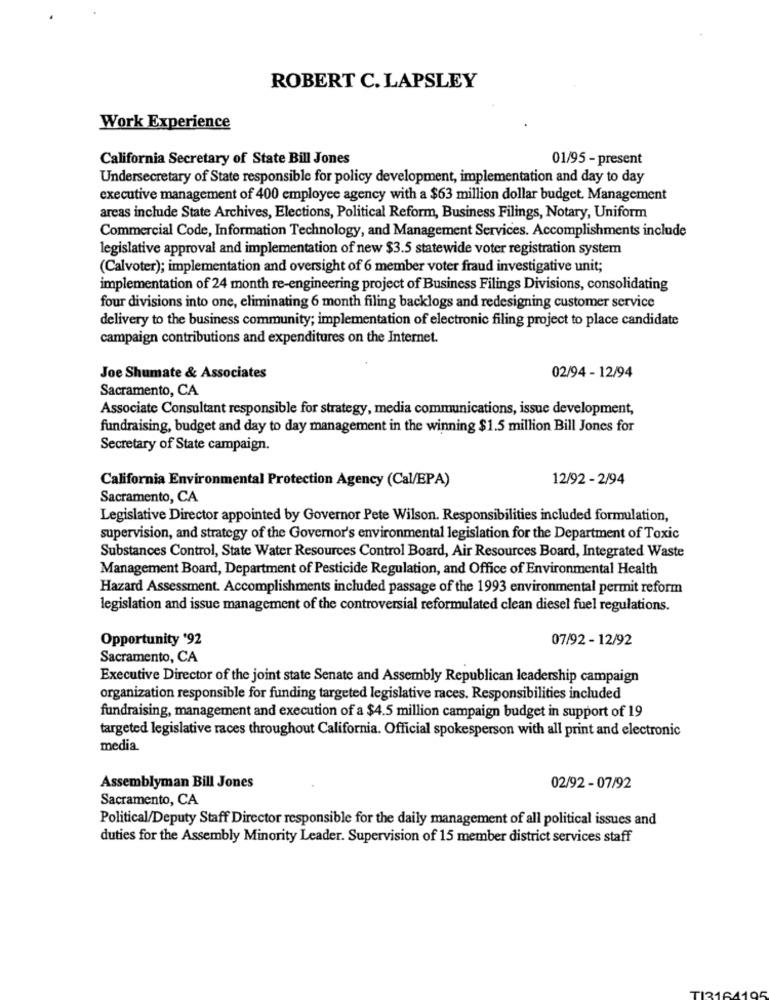
ROBERT C. LAPSLEY
Work Experience
California Secretary of State Bill Jones
01/95 - present
Undersecretary of State responsible for policy development, implementation and day to day
executive management of 400 employee agency with a $63 million dollar budget. Management
areas include State Archives, Elections, Political Reform, Business Filings, Notary, Uniform
Commercial Code, Information Technology, and Management Services. Accomplishments include
legislative approval and implementation of new $3.5 statewide voter registration system
(Calvoter); implementation and oversight of 6 member voter fraud investigative unit;
implementation of 24 month re-engineering project of Business Filings Divisions, consolidating
four divisions into one, eliminating 6 month filing backlogs and redesigning customer service
delivery to the business community; implementation of electronic filing project to place candidate
campaign contributions and expenditures on the Internet.
02/94 - 12/94
Joe Shumate & Associates
Sacramento, CA
Associate Consultant responsible for strategy, media communications, issue development,
fundraising, budget and day to day management in the winning $1.5 million Bill Jones for
Secretary of State campaign.
California Environmental Protection Agency (Cal/EPA)
12/92 - 2/94
Sacramento, CA
Legislative Director appointed by Governor Pete Wilson. Responsibilities included formulation,
supervision, and strategy of the Governor's environmental legislation for the Department of Toxic
Substances Control, State Water Resources Control Board, Air Resources Board, Integrated Waste
Management Board, Department of Pesticide Regulation, and Office of Environmental Health
Hazard Assessment. Accomplishments included passage of the 1993 environmental permit reform
legislation and issue management of the controversial reformulated clean diesel fuel regulations.
Opportunity '92
07/92 - 12/92
Sacramento, CA
Executive Director of the joint state Senate and Assembly Republican leadership campaign
organization responsible for funding targeted legislative races. Responsibilities included
fundraising, management and execution of a $4.5 million campaign budget in support of 19
targeted legislative races throughout California. Official spokesperson with all print and electronic
media.
Assemblyman Bill Jones
02/92 - 07/92
Sacramento, CA
Political/Deputy Staff Director responsible for the daily management of all political issues and
duties for the Assembly Minority Leader. Supervision of 15 member district services staff